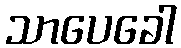
သာပေခေါ